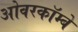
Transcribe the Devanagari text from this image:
ओवरकॉम्बे